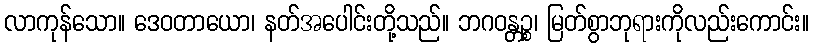
လာကုန်သော။ ဒေဝတာယော၊ နတ်အပေါင်းတို့သည်။ ဘဂဝန္တဉ္စ၊ မြတ်စွာဘုရားကိုလည်းကောင်း။